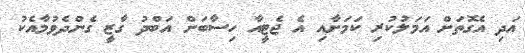
އަދި އެގޮތަށް އަމަލުކުރި ކަމަށާއި އެ ޖެޓީއާ ހިސާބަށް އަބްދު ގާޒީ ގެންދެވުމާއެކު